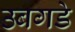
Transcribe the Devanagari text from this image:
उबगडे